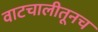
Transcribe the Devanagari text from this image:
वाटचालीतूनच